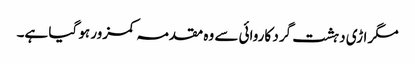
مگر اڑی دہشت گرد کاروائی سے وہ مقدمہ کمزور ہو گیا ہے۔